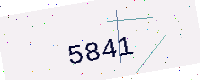
Text: 5841